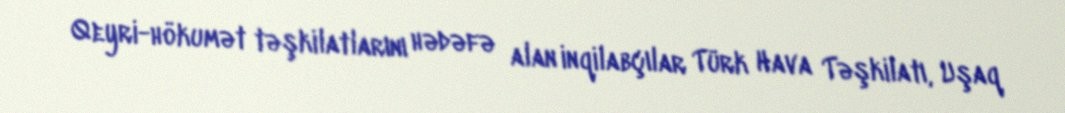
Qeyri-hökumət təşkilatlarını hədəfə alan inqilabçılar Türk Hava Təşkilatı, Uşaq